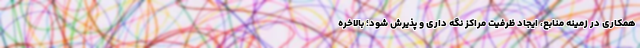
همکاری در زمینه منابع، ایجاد ظرفیت مراکز نگه داری و پذیرش شود؛ بالاخره